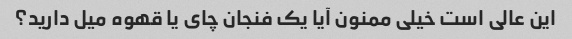
این عالی است خیلی ممنون آیا یک فنجان چای یا قهوه میل دارید؟